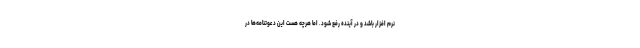
نرم افزار باشد و در آینده رفع شود. اما هرچه هست این دعوتنامه‌ها در